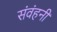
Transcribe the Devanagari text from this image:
संवंहनी